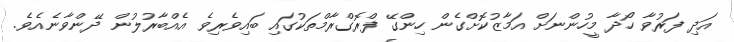
އަދި ފަރުވާ ހޯދާ މީހުންނަށް އަމާޒުކޮށްގެން ހިންގޭ ފްރޮގްރާމްތަކުގައި ބައިވެރިވެ އެއްބާރުލުން ދޭންވާނެއެވެ.